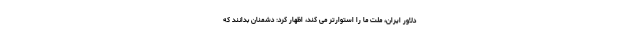
دلاور ایران، ملت ما را استوارتر می کند، اظهار کرد: دشمنان بدانند که